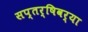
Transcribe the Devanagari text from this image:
सप्तर्षिवर्या